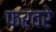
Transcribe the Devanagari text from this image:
फरवरे